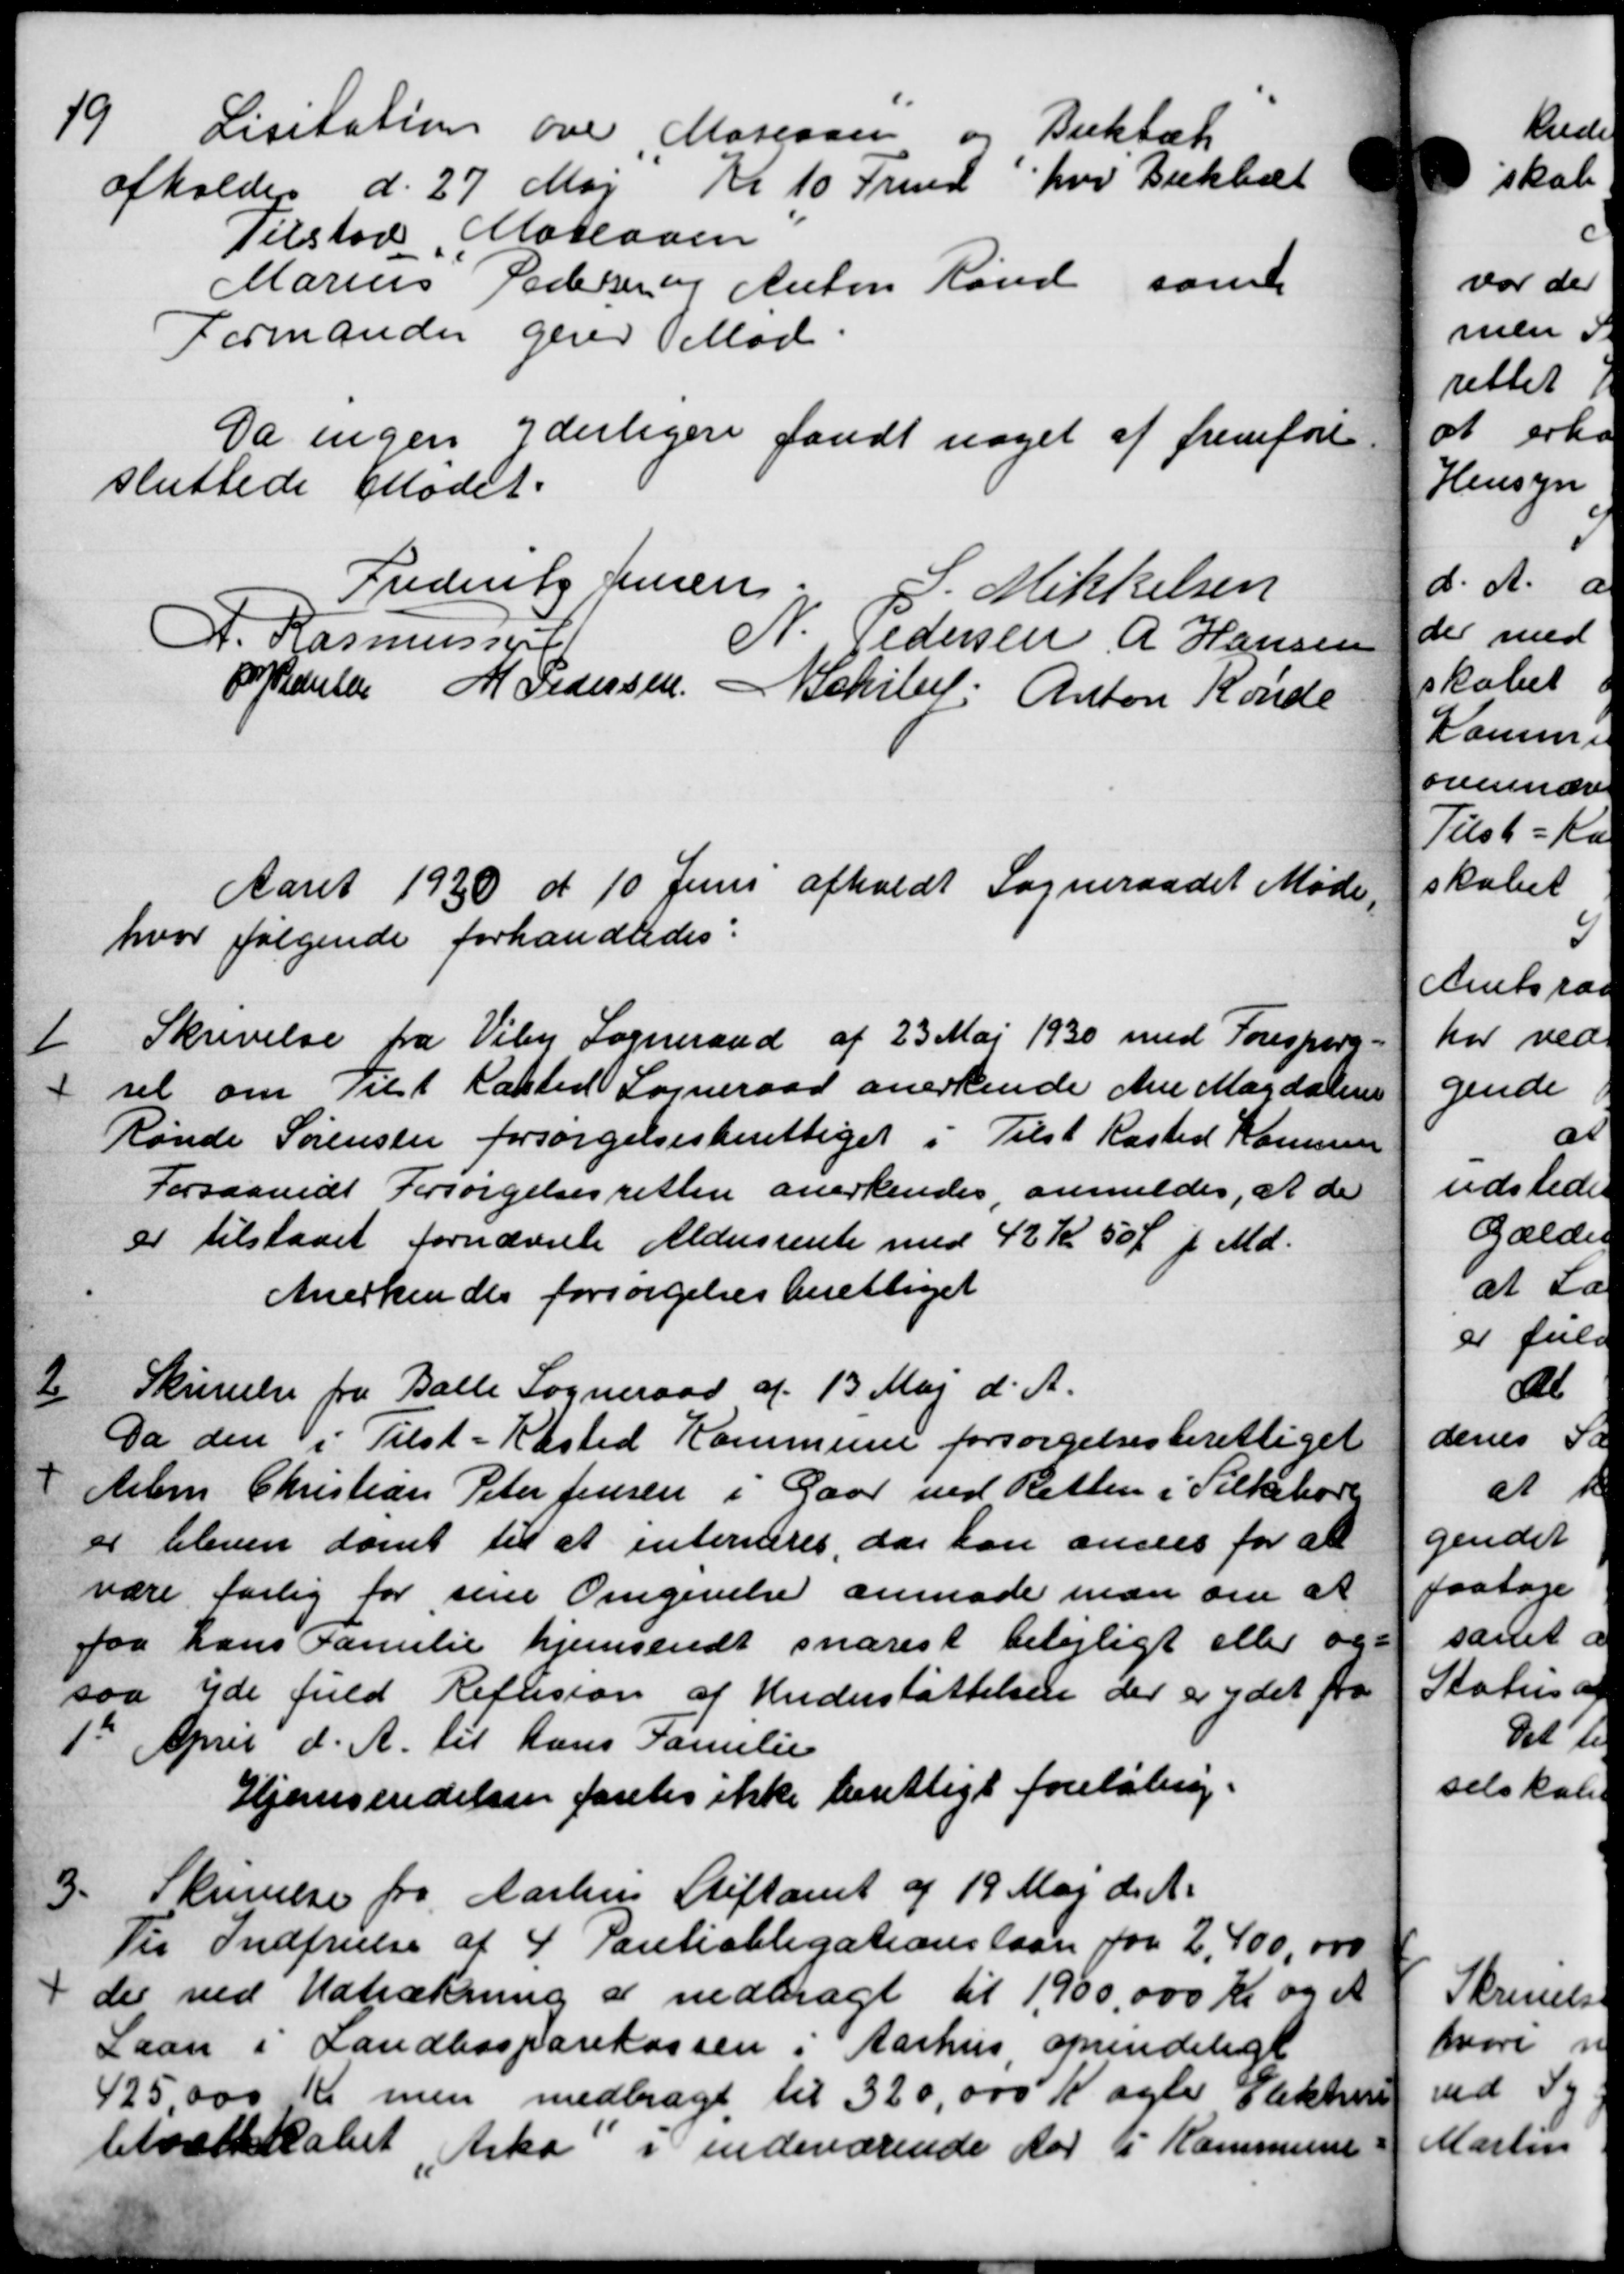
Transskription:
19
Lisitation over Mariane og Buktæk
afholders d. 27 Maj Kl 10 Trund for Beklæt
Tilstod Mosloven
Marius Pedersen og Anton Rønd samt
Formanden gerer Mød
Da ingen yderligere fandt noget af fremføre
sluttede Mødet.
Frederik Jensen
S. Mikkelsen
A. Rasmussen
N. Pedersen A Hansen
P. Pedersen M Pedersen N Schiber Anton Konde
Aaret 1930 d 10 Juni afholdt Sogneraadet Møde
hvor følgende forhandledes:

Skrivelse fra Viby Sogneraad af 23 Maj 1930 med Forespørg=
sel om Tilt Kasted Sogneraad anerkende Ane Magdalens
Rønde Sørensen forsørgelsesberettiget i Tilst Rasted Komunen
Forsaavidt Forsørgelsesretten anerkendes, anmeldes, at de
er tilstaaet fornævnte Aldersrente med 42 Kr 50 Ø f. Md.
Anerkendes forsørgelsesberettiget
2
Skrivelse fra Balle Sogneraad af 13 Maj d. A.
Da den i Tilst-Kasted Kommune forsørgelsesberettiget
Arbm Christian Peter Jensen i Gaar ved Retten i Silkebor
er bleven samt til at enterieres, da kan ansees for at
være farlig for sine Omgivelse anmode man om at
faa hans Familie hjemsendt snarest belejligt eller og
saa yde fuld Refusion af Understøttelsen der er ydet fra
1st April d. A. til hans Familie
Hjemsendelsen førtes ikke berettigt foreløbig.
3.
Skrivelse fra Aarhus Stiftamt af 19 Maj d. A.
Til Indfrielse af 4. Pauliobligationslaan for 2,400,000
der ved Udtrækning af nedbragt til 1900.000 Kr og e
Laan i Landbosparekassen i Aarhus oprendeligt
425000 Kr men medbragt til 320,000 K agle aktion
lelselskabet tika i indeværende Aar i Kommune